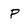
Character: P